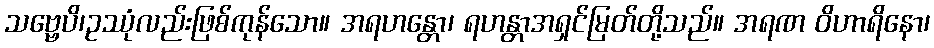
သဗ္ဗေပိ၊ဥဿုံလည်းဖြစ်ကုန်သော။ အရဟန္တော၊ ရဟန္တာအရှင်မြတ်တို့သည်။ အရဏ ဝိဟာရိနော၊